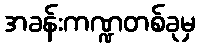
အခန်းကဏ္ဍတစ်ခုမှ